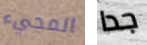
المجيء جدا